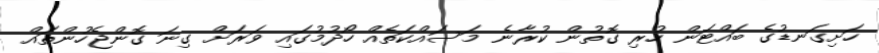
ހަށިގަނޑުގެ ބައްޓަން ހުރި ގޮތުން ކުރާނެ މަސައްކަތެއް ހޯދުމުގައި ވަރަށް ގިނަ ގޮންޖެހުންތައް